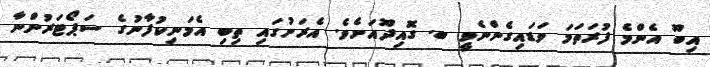
އިބޫ އެންމެ ފުރަތަމަ ވަޑައިގެންނެވީ ބ. ގޮއިދޫއަށެވެ. އެރަށުގައި ތިބި އެމަނިކުފާނުގެ ސަޕޯޓަރުންނާ